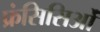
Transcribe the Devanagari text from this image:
फ्रंसिसिओं